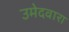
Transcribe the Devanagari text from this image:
उमेदवारा